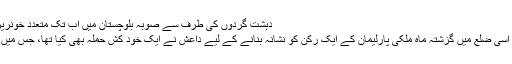
دہشت گردوں کی طرف سے صوبہ بلوچستان میں اب تک متعدد خونریز بم حملے کیے جا چکے ہیں
پاکستانی صوبہ بلوچستان کے اسی ضلع میں گزشتہ ماہ ملکی پارلیمان کے ایک رکن کو نشانہ بنانے کے لیے داعش نے ایک خود کش حملہ بھی کیا تھا، جس میں 25 افراد ہلاک ہو گئے تھے۔